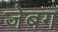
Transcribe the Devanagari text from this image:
जेबग